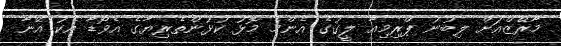
މާރޭޒްއަށް ލިބުނު ޕްރިމިއާ ލީގުގެ އެންމެ މޮޅު ކުޅުންތެރިޔާގެ އެވޯޑާ އެކު އޭނާ